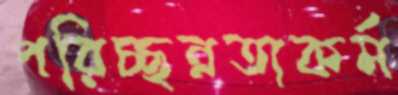
পরিচ্ছন্নতাকর্ম